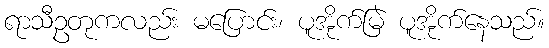
ရာသီဥတုကလည်း မပြောင်း၊ ပူအိုက်မြဲ ပူအိုက်နေသည်။